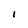
Character: I